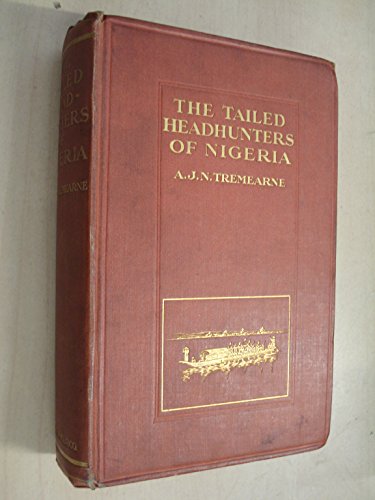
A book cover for THE TAILED HEAD-HUNTERS OF NIGERIA - AN ACCOUNT OF AN OFFICIAL'S SEVEN YEARS' EXPERIENCES IN THE NORTHERN NIGERIAN PAGAN BELT, AND A DESCRIPTION OF THE MANNERS, HABITS, AND CUSTOMS OF THE NATIVE TRIBES; MAJOR A J N TREMEARNE; Travel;